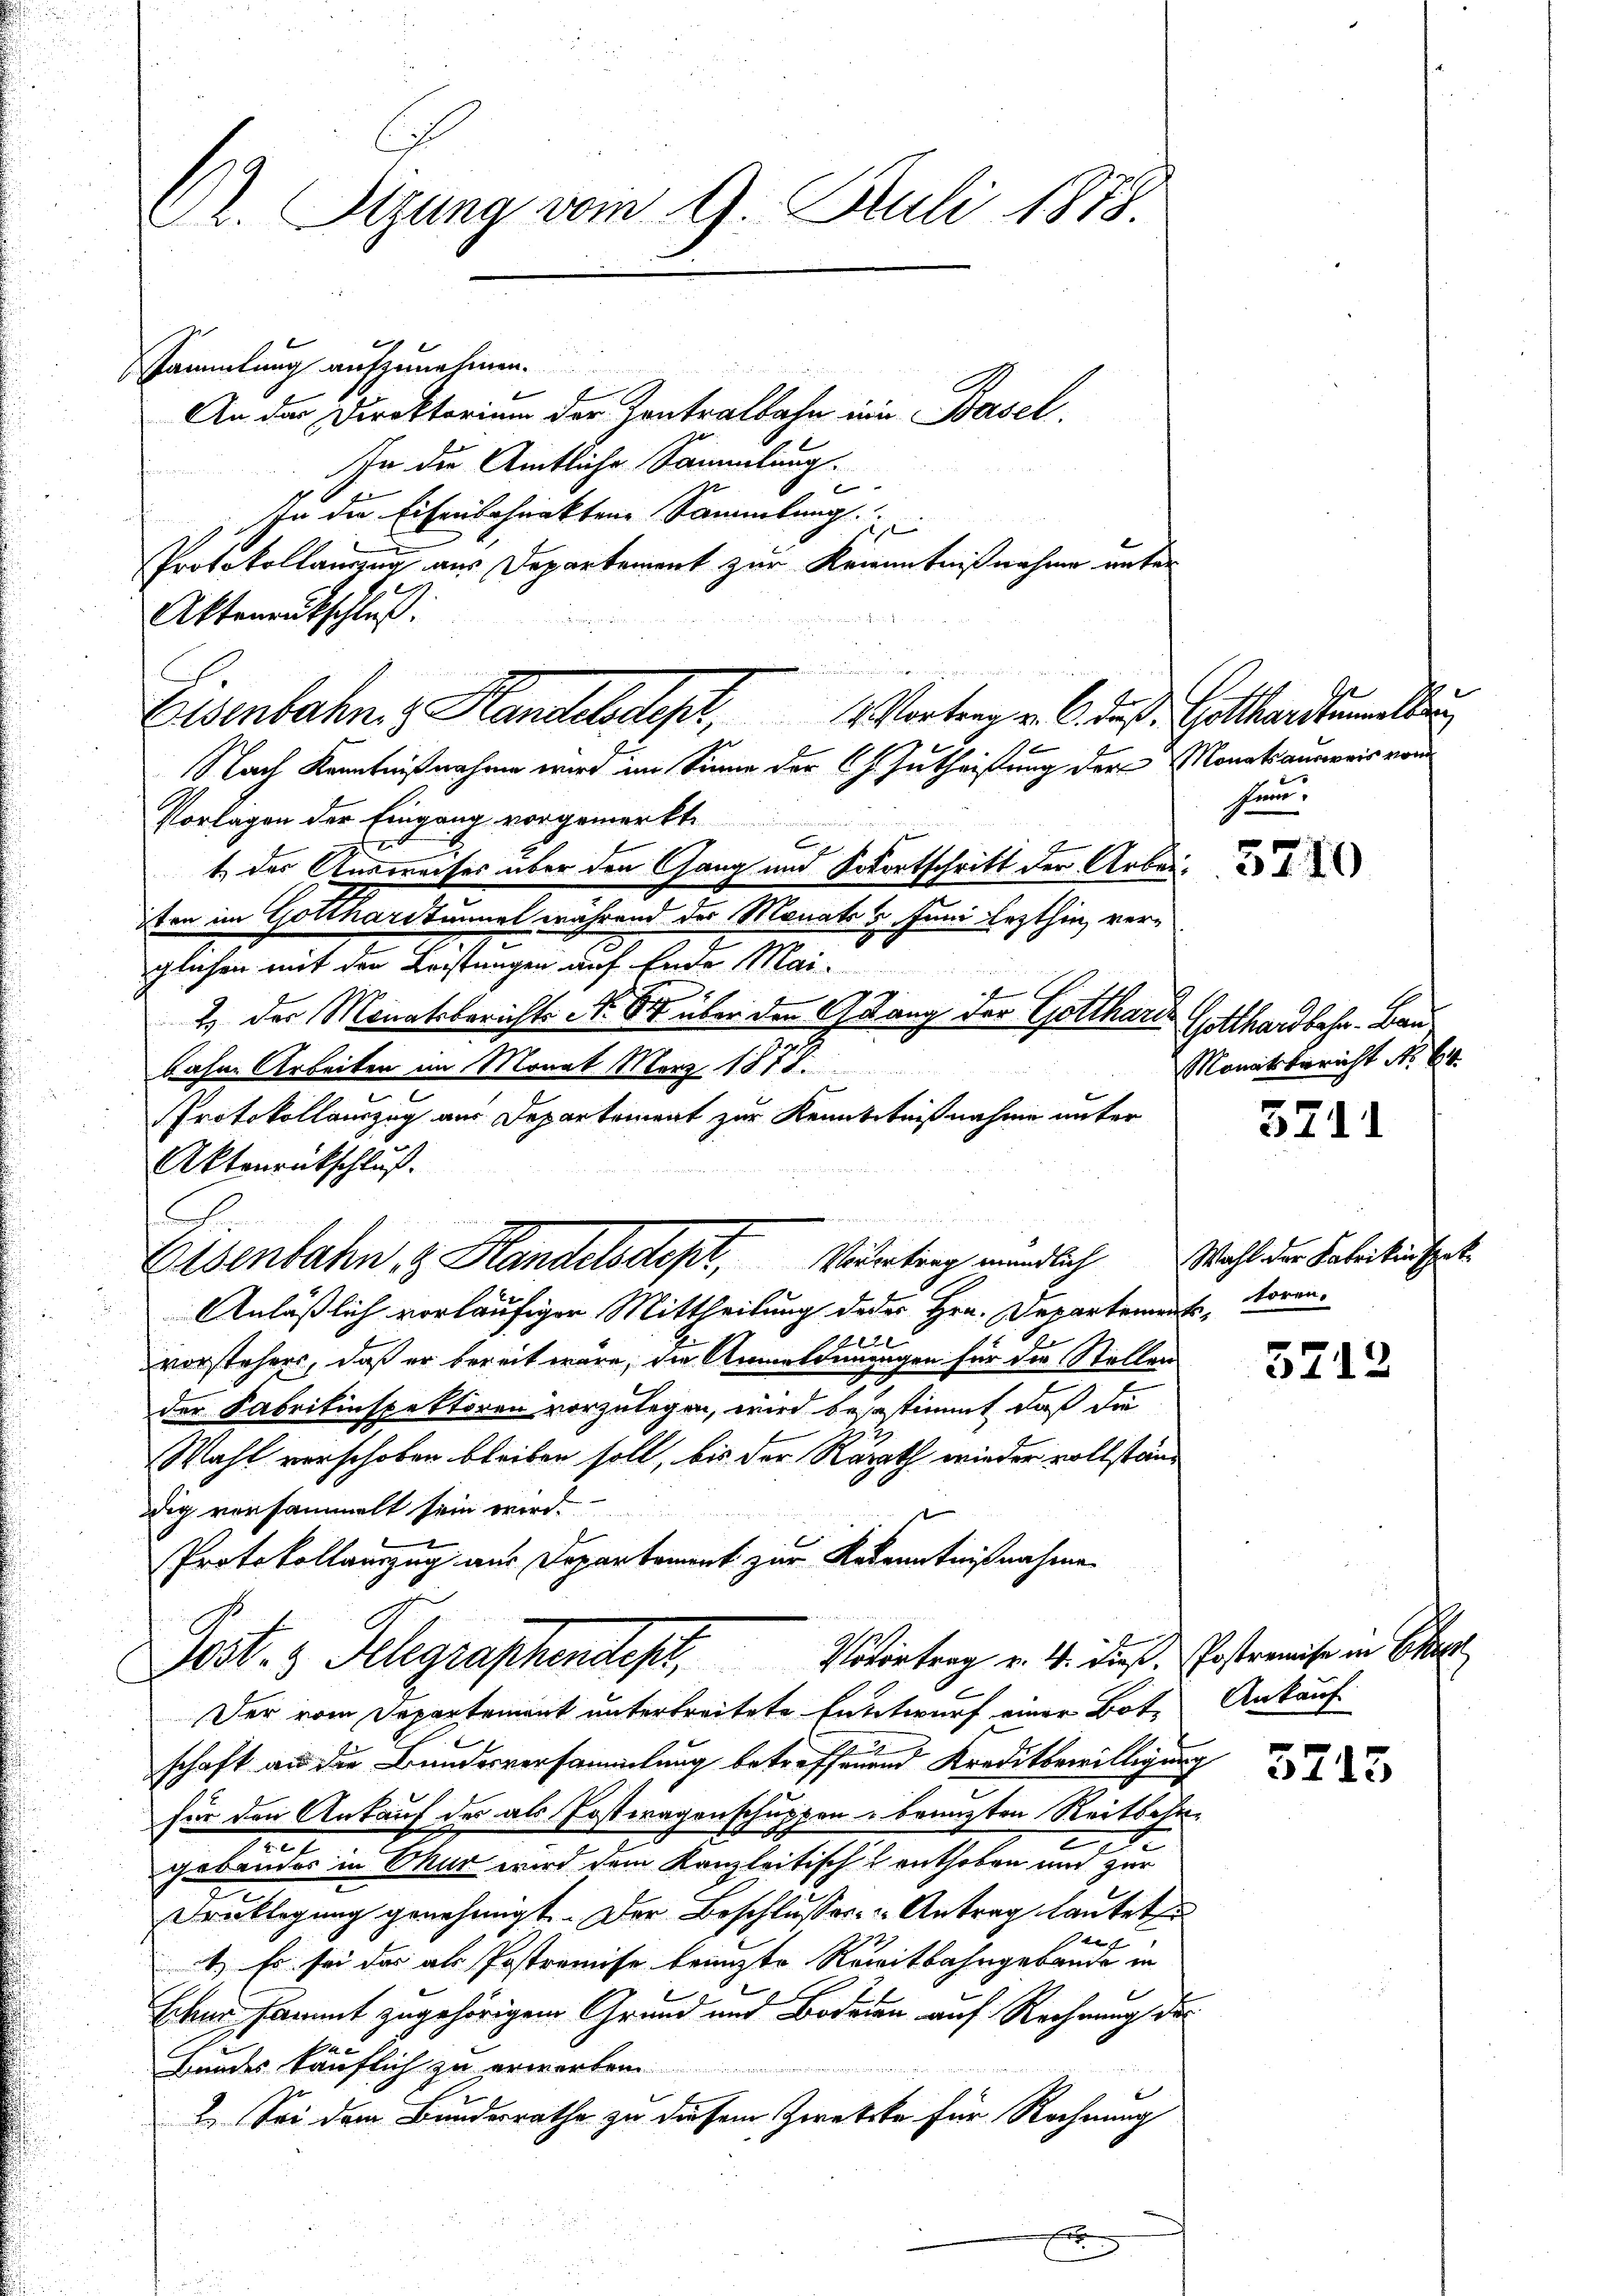
. Sitzung vom 9. Juli 1878.

Sammlung aufzunehmen.
An der Direktorium der Zentralbahn ein Basel
In die Amtliche Sammlung.
f
In die Eisenschenkten Sammlung.
f
Nach Kenntnißnahme wird im Sinne der Ch. Zutheißung der Monatsausweis von
Vorlagen der Eingang vorgemerkt,
2
E
x
t, das Ausweises über den Gang und Sofortschritt der Arbei d
iten im Gottharitummel während des Monats 6. Juni lezthin verglichen mit der Leistungen auf Ende Mai
2. Der Monatsberichts No 64 über den Gang der Gotthards Gotthardbahr. Bau
bahne Arbeiten im Monat März 1878.
Protokollanzug aus Departement zur Kenntnißnahme unter
Aktenrückschluß.
Anläßlich vorläufiger Mittheilung deder Hrn. Departement, voran¬
6
vorstehers, daß er bereit wäre, die Anmeldenangen für der Stellen
der Fabrikinspektoren vorzulegen, wird besestimmt, daß die
Wahl verschoben bleiben soll, bis der Rurath wieder vollständ
dig vorsammelt sein wird.
.
Protokollauszug aus Departement zur Rekenntnißnahme
Post. 3 Telegraphendest. Votirten v. 4. dieß. Postreise in Schre
c
Der vom Departement untertreitete Entwurf einer Bote Ankauf
schaft an die Bundesversammlung betreffenend Kreditbewilligung
für den Ankauf des als Postwagenschuppen - bränzten Reitsche¬
2
.
gebäudes in Chur wird dem Kanzleitisch enthoben und zur
Drucklegung genehmigt. Der Beschlusses Antrag lautet
f
.
1.) Es sei das als Postremise brauzte Reitbahngebäude in
Echer sammt zugehörigen Grund und Bodenen auf Rechnung des
t
Bundes käuflich zu erwarten
2. Sei dem Bundesrathe zu diesem Zwecke für Rechnung
E

Protokollauszug aus Departement zur Kranntnißnahme unter
Aktenrutschluß:
Eisenbahn z. Handelsdept, 4 Vortrag v. 6. ds. Gotthardtuellen

Elsenbahn z. Handelsdept., Widertrag mündlich

he.

Monatsbericht No 64.

3711

Wahl der Fabrikinspek

5712

¬

5713